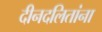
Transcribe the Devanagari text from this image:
दीनदलितांना